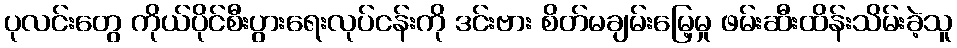
ပုလင်းတွေ ကိုယ်ပိုင်စီးပွားရေးလုပ်ငန်းကို ဒင်းဗား စိတ်မချမ်းမြေ့မှု ဖမ်းဆီးထိန်းသိမ်းခဲ့သူ